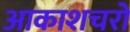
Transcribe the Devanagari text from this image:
आकाशचरों